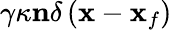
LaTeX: \gamma\kappa\mathbf{n}\delta\left(\mathbf{x}-\mathbf{x}_{f}\right)